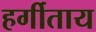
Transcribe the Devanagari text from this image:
हर्गीताय